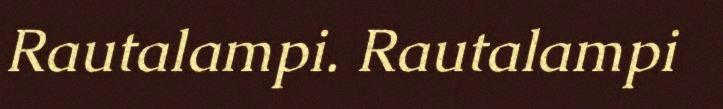
Rautalampi. Rautalampi